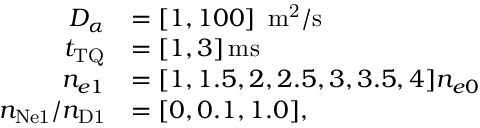
\begin{array} { r l } { D _ { \alpha } } & { = [ 1 , 1 0 0 ] ~ \ensuremath { \, \mathrm { m ^ { 2 } / s } } } \\ { t _ { \mathrm { T Q } } } & { = [ 1 , 3 ] \ensuremath { \, \mathrm { m s } } } \\ { n _ { e 1 } } & { = [ 1 , 1 . 5 , 2 , 2 . 5 , 3 , 3 . 5 , 4 ] n _ { e 0 } } \\ { n _ { \mathrm { N e 1 } } / n _ { \mathrm { D 1 } } } & { = [ 0 , 0 . 1 , 1 . 0 ] , } \end{array}